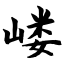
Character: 嵝